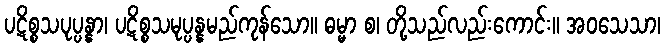
ပဋိစ္စသပုပ္ပန္နာ၊ ပဋိစ္စသမုပ္ပန္နမည်ကုန်သော။ ဓမ္မာ စ၊ တို့သည်လည်းကောင်း။ အဝသေသာ၊